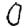
Digit: 0